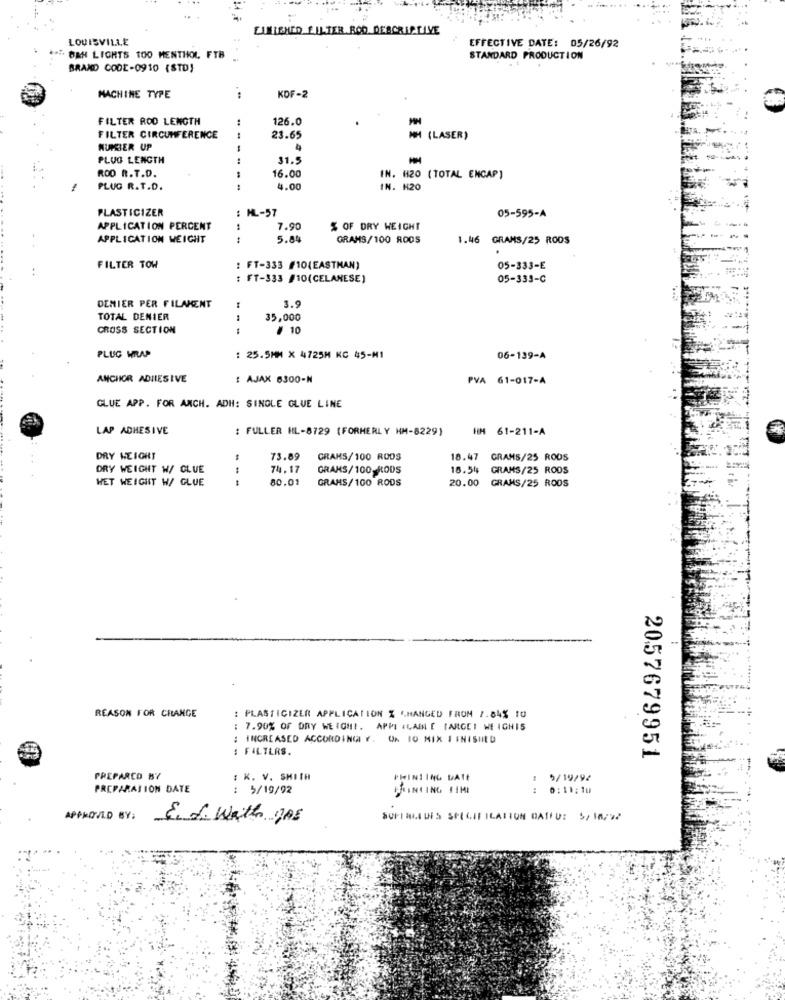
FINISHED FILTER ROD DESCRIPTIVE
LOUISVILLE
EFFECTIVE DATE: 05/26/92
" ORH LIGHTS TOO MENTHOL FTB
STANDARD PRODUCTION
BRAND CODE-0910 (STD)
MACHINE TYPE
KDF-2
FILTER ROD LENGTH
126.0
FILTER CIRCUMFERENCE
23.65
NH (LASER)
NUMBER UP
4
PLUG LENGTH
..
31.5
ROD R.T.D.
16.00
IN. H20 (TOTAL ENCAP)
PLUG R.T.D.
--
4.00
IN. H20
: ML-57
PLASTICIZER
05-595-A
APPLICATION PERCENT
7.90
% OF DRY WEIGHT
APPLICATION WEIGHT
5.84
GRAMS/100 RODS
1.46
GRAMS/25 RODS
FILTER TOW
: FT-333 #10(EASTMAN)
05-333-E
: FT-333 /10(CELANESE)
05-333-C
DEMIER PER FILAMENT
3.9
TOTAL DENIER
1
35,000
CROSS SECTION
1
# 10
PLUG WRAP
: 25.5MM X 4725M KC 45-M1
06-139-A
ANCHOR ADHESIVE
: AJAK 6300-N
PVA 61-017-A
GLUE APP. FOR ANCH. ADH: SINGLE GLUE LINE
LAP ADHESIVE
: FULLER HL-8729 (FORMERLY HM-8229)
HIM 61-211-A
DRY WEIGHT
73.89
GRAMS/100 RODS
18.47
GRAMS/25 RODS
DRY WEIGHT W/ CLUE
74.17
GRANS/100 KODS
18.54
GRAMS/25 RODS
WET WEIGHT W/ GLUE
80.01
GRANS/100 RODS
20.00 GRAMS/25 ROOS
REASON FOR CHANGE
: PLASTICIZER APPLICATION % CHANGED FROM 1.84% 10
: 7.90% OF DRY WEIGHII. APPI ILABLE IARGEI WEIGHIS
: INCREASED ACCORDINGI V. UN 10 MIX 1 INISHED
: FILTERS.
2057679951
PREPARCO BY
: K. V. SMITH
PRINTING DATE
5/19/94
PREPARATION DATE
: 5/19/92
PRINTING FIME
0:11:10
APPROVED BY:
& 1. With yos